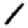
Digit: 1